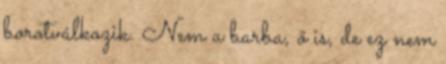
borotválkozik. Nem a barba, ő is, de ez nem